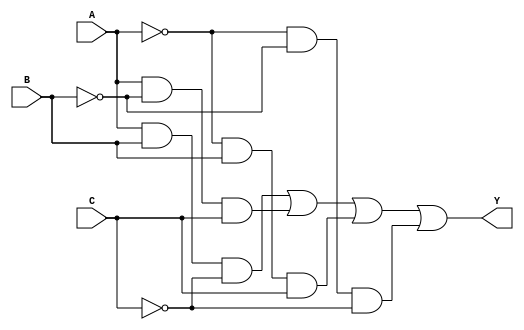
module dont_care_example (
    input wire A,
    input wire B,
    input wire C,
    output wire Y
);

// Intermediate signals for simplification
wire AB, AC, BC;

// Define the logic considering don't care conditions
assign AB = A & B;        // AND condition for A and B
assign AC = A & C;        // AND condition for A and C
assign BC = B & C;        // AND condition for B and C

// Output logic using don't care conditions
// Let's assume the don't care conditions imply that 
// when A=1 and B=1, the output can be either 0 or 1.
// Here we can define a truth table that represents:
// A B C | Y
// 0 0 0 | 0
// 0 0 1 | 1
// 0 1 0 | 0
// 0 1 1 | 1
// 1 0 0 | 0
// 1 0 1 | 0
// 1 1 0 | 1  // Don't Care: can be 0 or 1
// 1 1 1 | 1

assign Y = (A & B & ~C) |     // When A=1, B=1, C=0 => Y=1 (don't care)
           (A & ~B & C) |     // When A=1, B=0, C=1 => Y=1
           (~A & B & C) |     // When A=0, B=1, C=1 => Y=1
           (~A & ~B & ~C);    // When A=0, B=0, C=0 => Y=0

endmodule